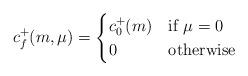
LaTeX: \begin{align*}c_f^+(m,\mu) = \begin{cases}c_0^+(m) & \mbox{if }\mu=0 \\0 & \mbox{otherwise}\end{cases}\end{align*}